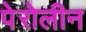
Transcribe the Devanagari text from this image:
पेरोलीन